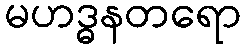
မဟဒ္ဓနတရော